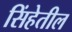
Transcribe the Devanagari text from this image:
सिंहेतील